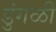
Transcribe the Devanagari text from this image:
डुंगळी